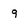
Character: 9